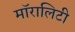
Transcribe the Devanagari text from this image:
मॉरालिटी